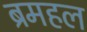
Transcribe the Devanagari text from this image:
ब्रमहल